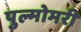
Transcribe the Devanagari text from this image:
पुल्मोमरी